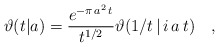
\begin{align*}\vartheta(t|a) = \frac{e^{-\pi\,a^2\,t}}{t^{1/2}}\vartheta(1/t\,|\,i\,a\,t) \quad ,\end{align*}